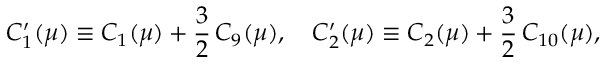
C _ { 1 } ^ { \prime } ( \mu ) \equiv C _ { 1 } ( \mu ) + \frac { 3 } { 2 } \, C _ { 9 } ( \mu ) , \quad C _ { 2 } ^ { \prime } ( \mu ) \equiv C _ { 2 } ( \mu ) + \frac { 3 } { 2 } \, C _ { 1 0 } ( \mu ) ,